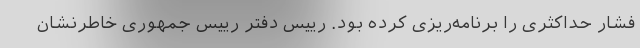
فشار حداکثری را برنامه‌ریزی کرده بود. رییس دفتر رییس جمهوری خاطرنشان